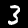
Label: 3